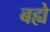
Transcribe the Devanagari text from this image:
बह्ये